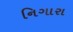
નિગારા